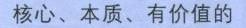
核心、本质、有价值的